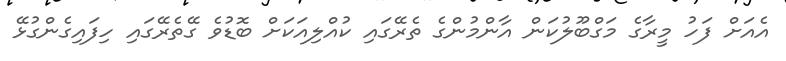
އެއަށް ފަހު މީރާގެ މަގްބޫލުކަން އާންމުންގެ ތެރޭގައި ކުއްލިއަކަށް ބޮޑުވެ ގޭތެރޭގައި ހިފައިގެންގުޅޭ